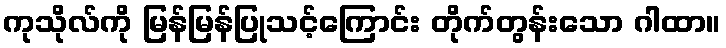
ကုသိုလ်ကို မြန်မြန်ပြုသင့်ကြောင်း တိုက်တွန်းသော ဂါထာ။